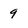
Character: 9